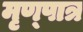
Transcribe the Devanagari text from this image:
मृण्पात्र